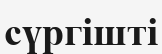
сүргішті